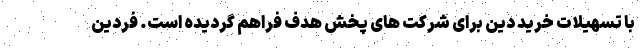
با تسهیلات خرید دین برای شرکت های پخش هدف فراهم گردیده است. فردین